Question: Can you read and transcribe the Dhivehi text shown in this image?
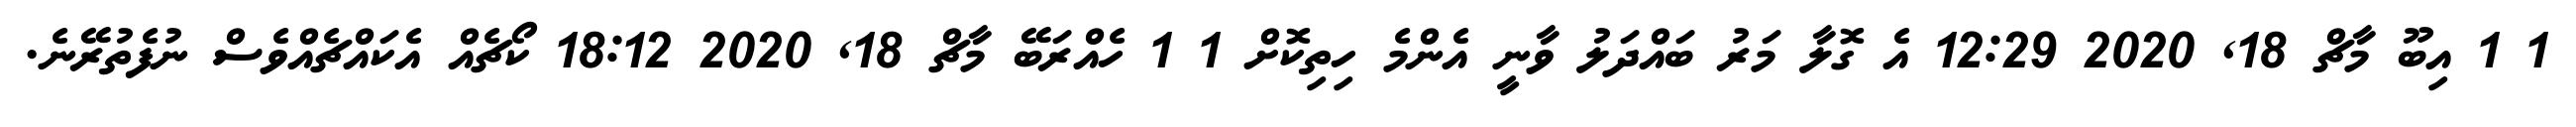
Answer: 1 1 އިބޫ މާޗް 18, 2020 12:29 އެ ގޮލާ މަރު ބައްދަލު ވާނީ އެންމެ ހިތިކޮށް 1 1 ހެއްރަބޭ މާޗް 18, 2020 18:12 ކޯޗެއް އެކައްޗެއްވެސް ނުފެތުރޭނެ.